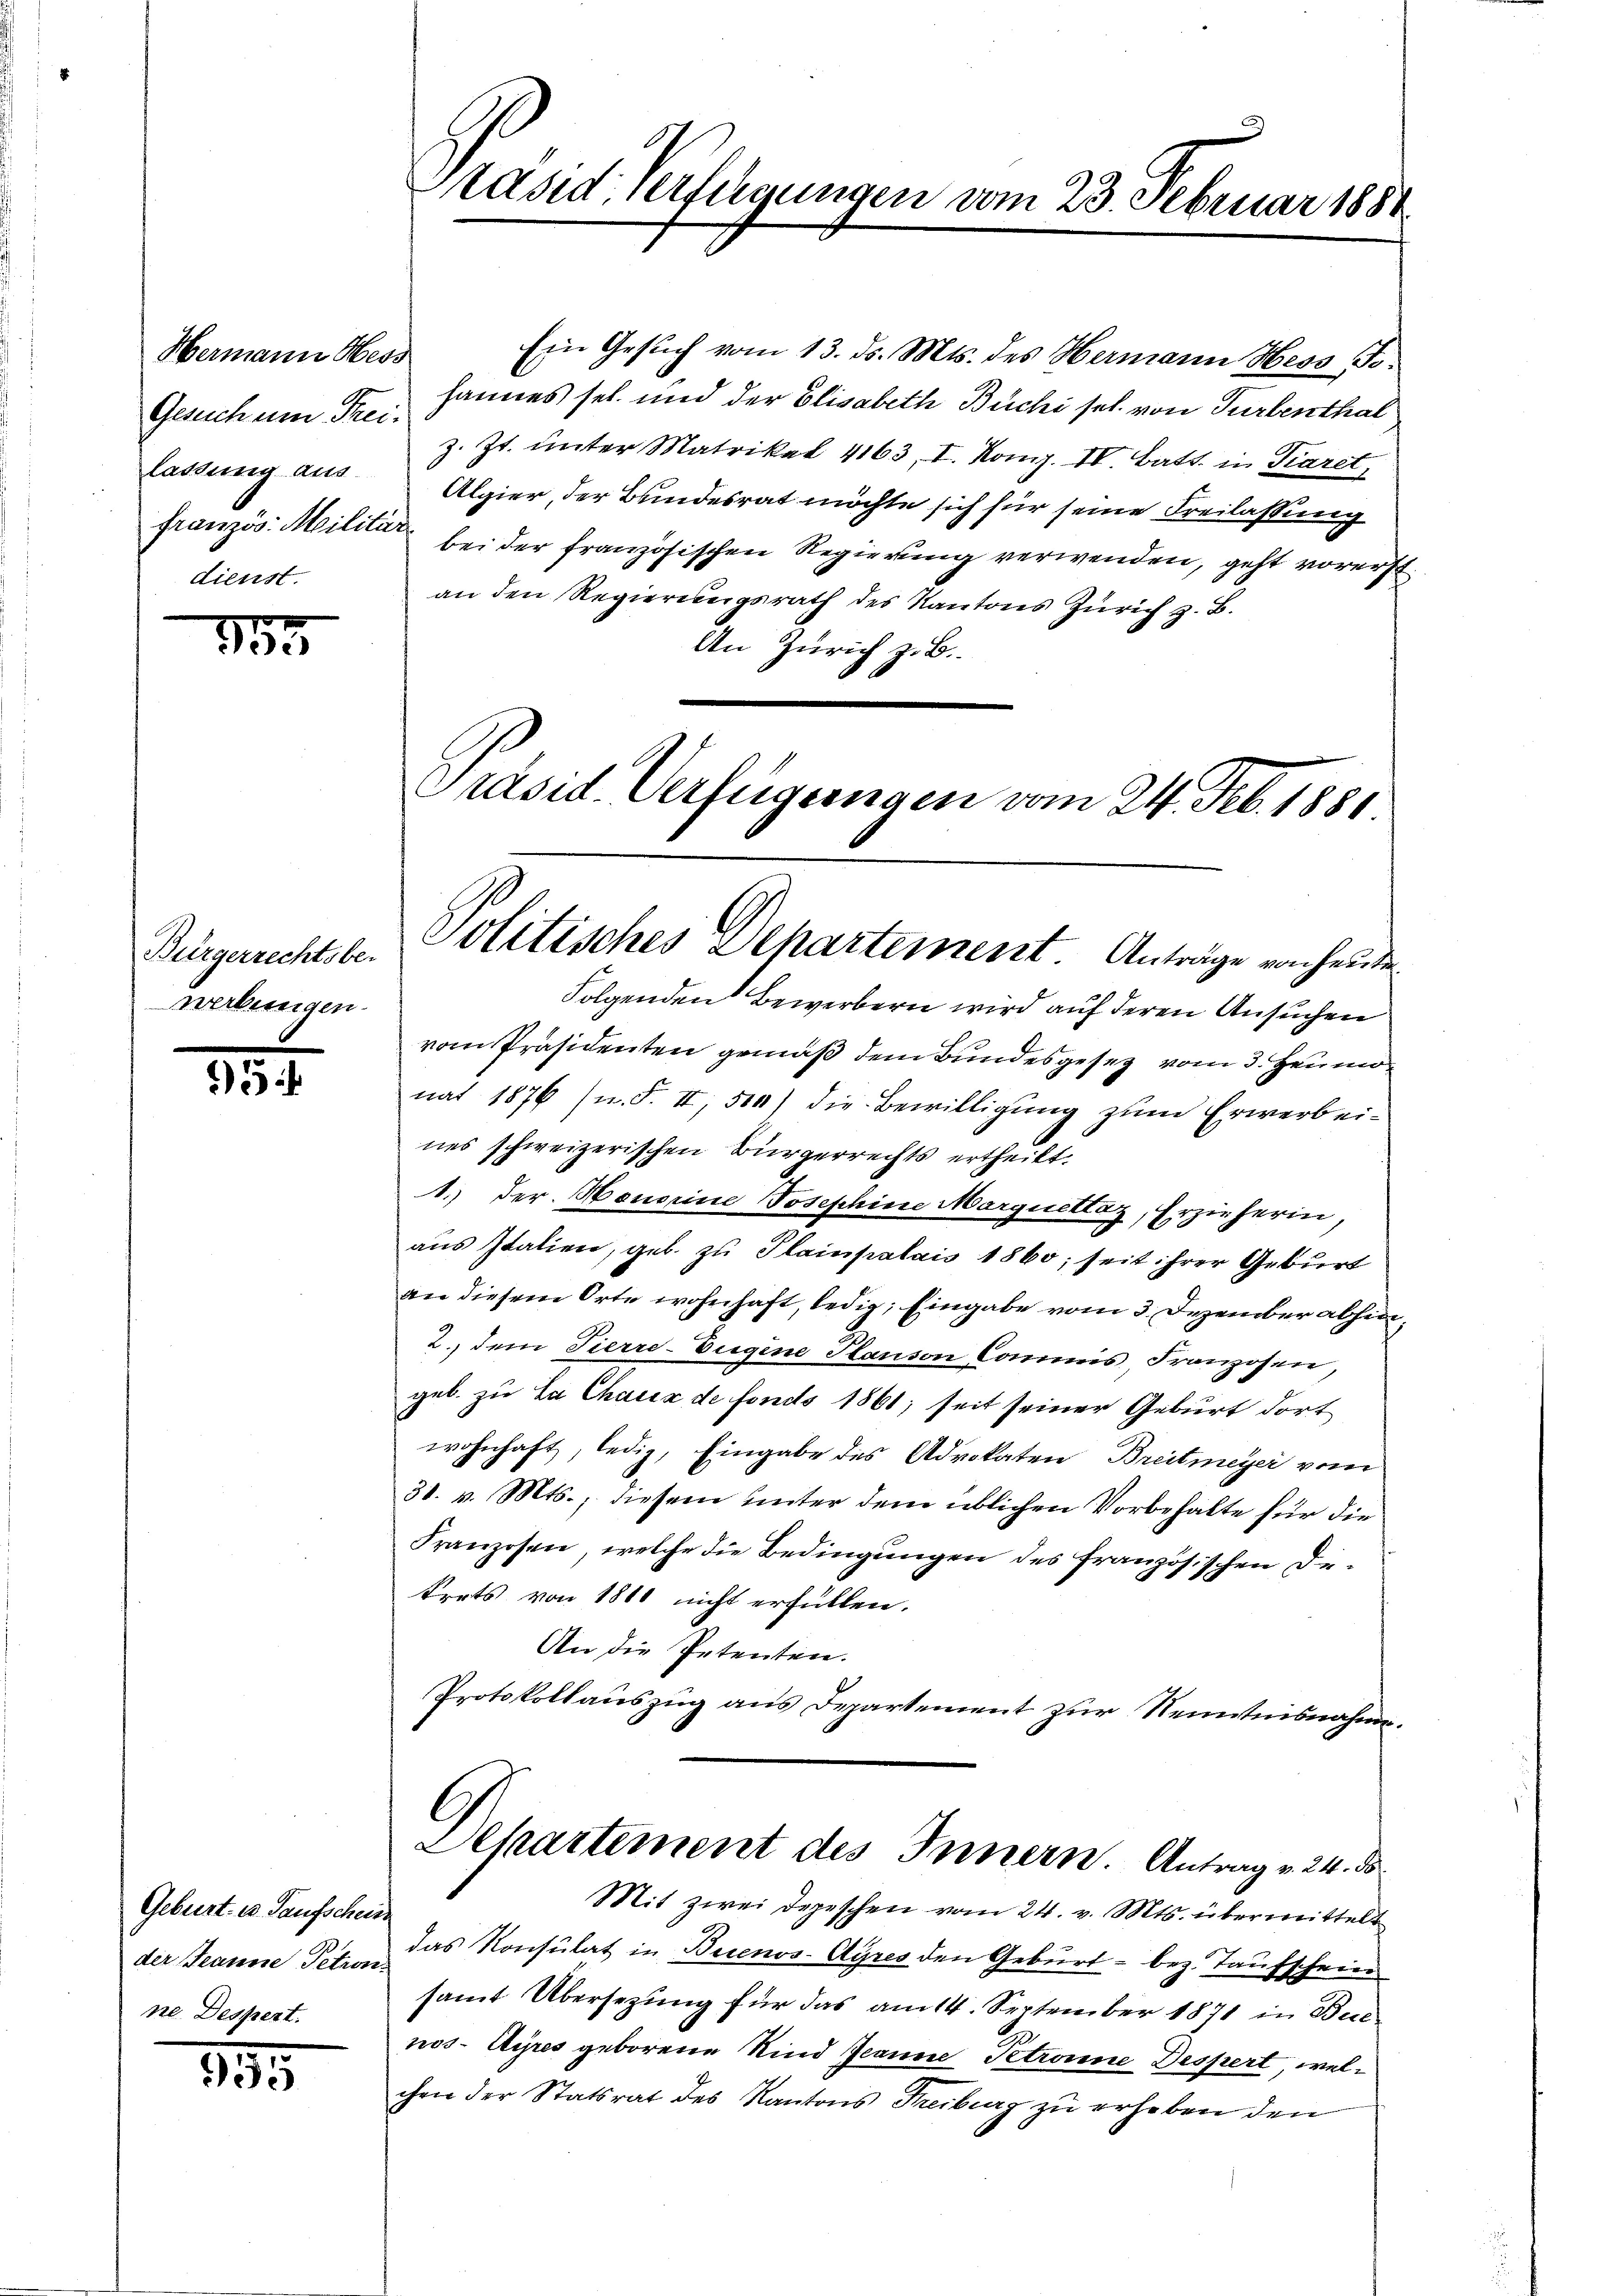
Hermann Hess
lassung aus
französ. Militär
dienst.

13

Bürgerrechtsbe-
werbungen.

154.

Geburt: e. Taufschein
der Jeanne Petron
ne Despert.

395

Präsid verfügungen vom 23. Februar 188

Algier, der Bundesrat möchte sich für seine Freilassung
bei der französischen Regierung verwenden, geht vorerst
an den Regierungsrath des Kantons Zürich z. B.
An Zürich z. B.
Präsid. Verfügungen vom 24. Feb. 1881

Folgenden Bewerbern wird auf deren Ansuchen
vom Präsidenten gemäß dem Bundesgesetz vom 3. Heumonat 1876 (n. F. II, 500) die Bewilligung zum Erwerbeines schweizerischen Bürgerrechts ertheilt.
1.) Der Honorine Josephine Marquettaz, Erzieherin,
aus Italien, geb. zu Plainpalais 1860; seit ihrer Geburt
an diesem Orte wohnhaft, ledig, Eingabe vom 3. Dezember abhin¬
2. dem Tierre-Eigene Panson Commis, Franzosen,
geb. zu La Chaux de fonds 1861; seit seiner Geburt dort
wohnhaft, ledig, Eingabe des Advokaten Breitmeyer vom
31. v. Mts., diesem unter dem üblichen Vorbehalte für die
Franzosen, welche die Bedingungen des französischen De-
Orats von 1800 nicht erfüllen.
An die Petenten.
Protokollauszug aus Departement zur Kenntnisnahme.

Politisches Dehartement. Anträge von heute

Ein Gesuch vom 13. ds. Mts. des Hermann Hess To¬
Gesuch um Frei Hannes sel. und der Elisabeth Büchi sel. von Turbenthal
z. Zt. unter Matrikal 4163, I. Kong. IV. Batt. in Paret,

Departement des Innern. Antrag v. 24. ds.
Mit zwei Depeschen vom 24. v. Mts. übermittelt

das Konsulat in Buenos-Ayres den Geburt - bez. Taufschein
samt Übersezung für das am 14. September 1871 in Buc
nos-Ayres geborene Kind Jeanne Petronne Despert, welchen der Statsrat des Kantons Freiburg zu erheben den